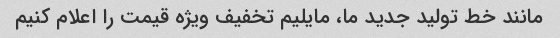
مانند خط تولید جدید ما، مایلیم تخفیف ویژه قیمت را اعلام کنیم